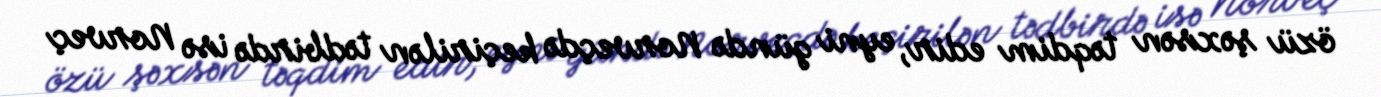
özü şəxsən təqdim edir, eyni gündə Norveçdə keçirilən tədbirdə isə Norveç